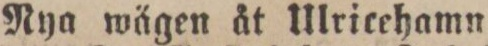
Nya wägen åt Ulricehamn